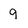
Character: g